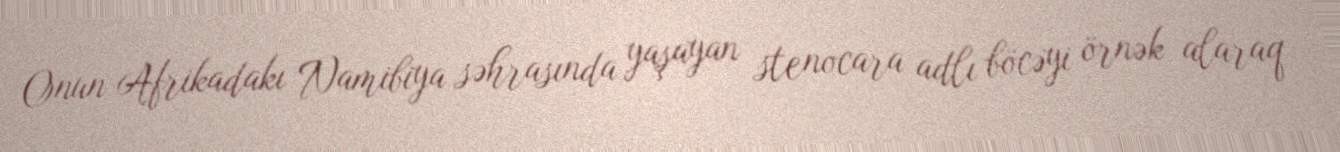
Onun Afrikadakı Namibiya səhrasında yaşayan stenocara adlı böcəyi örnək alaraq